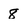
Character: 8